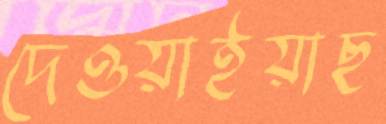
দেওয়াইয়াছ